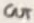
Text: OUT